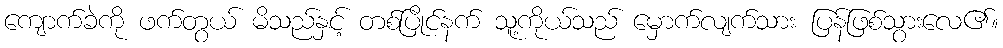
ကျောက်ခဲကို ဖက်တွယ် မိသည်နှင့် တစ်ပြိုင်နက် သူ့ကိုယ်သည် မှောက်လျက်သား ပြန်ဖြစ်သွားလေ၏။